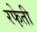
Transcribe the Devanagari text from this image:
रफे़ती